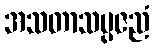
အသတာသမ္ပဇညံ